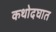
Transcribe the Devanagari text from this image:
कथोदघात